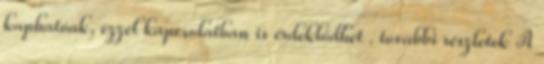
kaphatóak, ezzel kapcsolatban is érdeklődhet . további részletek A